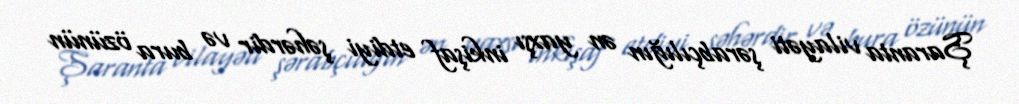
Şaranta vilayəti şərabçılığın ən yaxşı inkişaf etdiyi şəhərdir və bura özünün